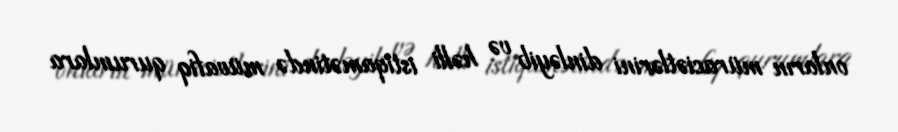
onların müraciətlərini dinləyib və həlli istiqamətində müvafiq qurumlara